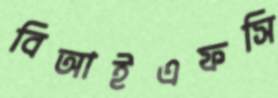
বিআইএফসি